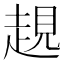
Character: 𧼊